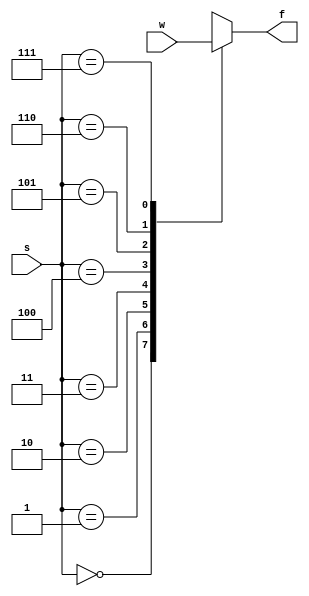
module q1(w, s, f);
input [0: 7]w;
input [2: 0]s;
output f;
reg f;
always @(s or w)
	begin
	case(s) 
		0: f = w[0];
		1: f = w[1];
		2: f = w[2];
		3: f = w[3];
		4: f = w[4];
		5: f = w[5];
		6: f = w[6];
		7: f = w[7];
	endcase
	end
endmodule